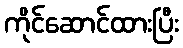
ကိုင်ဆောင်ထားပြီး